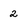
Character: 2